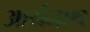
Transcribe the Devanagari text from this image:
आर्यनाथ